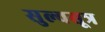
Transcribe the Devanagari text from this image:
सुल्वसूत्र